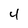
Character: 4